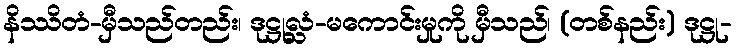
နိဿိတံ-မှီသည်တည်း၊ ဒုဋ္ဌုလ္လံ-မကောင်းမှုကို မှီသည်၊ (တစ်နည်း) ဒုဋ္ဌု-